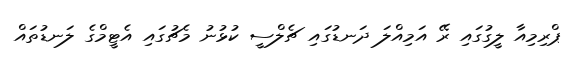
ޕްރިމިއާ ލީގުގައި ރޭ އަމިއްލަ ދަނޑުގައި ޗެލްސީ ކުޅުނު މެޗުގައި އެޓީމްގެ ލަނޑުތައް